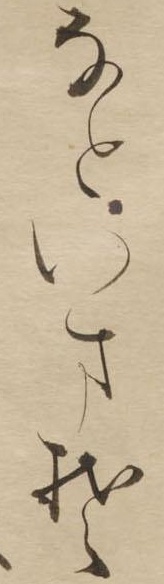
なといまそ